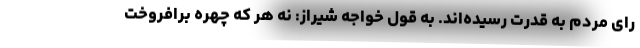
رای مردم به قدرت رسیده‌اند. به قول خواجه شیراز: نه هر که چهره برافروخت